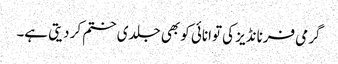
گرمی فرنانڈیز کی توانائی کو بھی جلدی ختم کر دیتی ہے۔